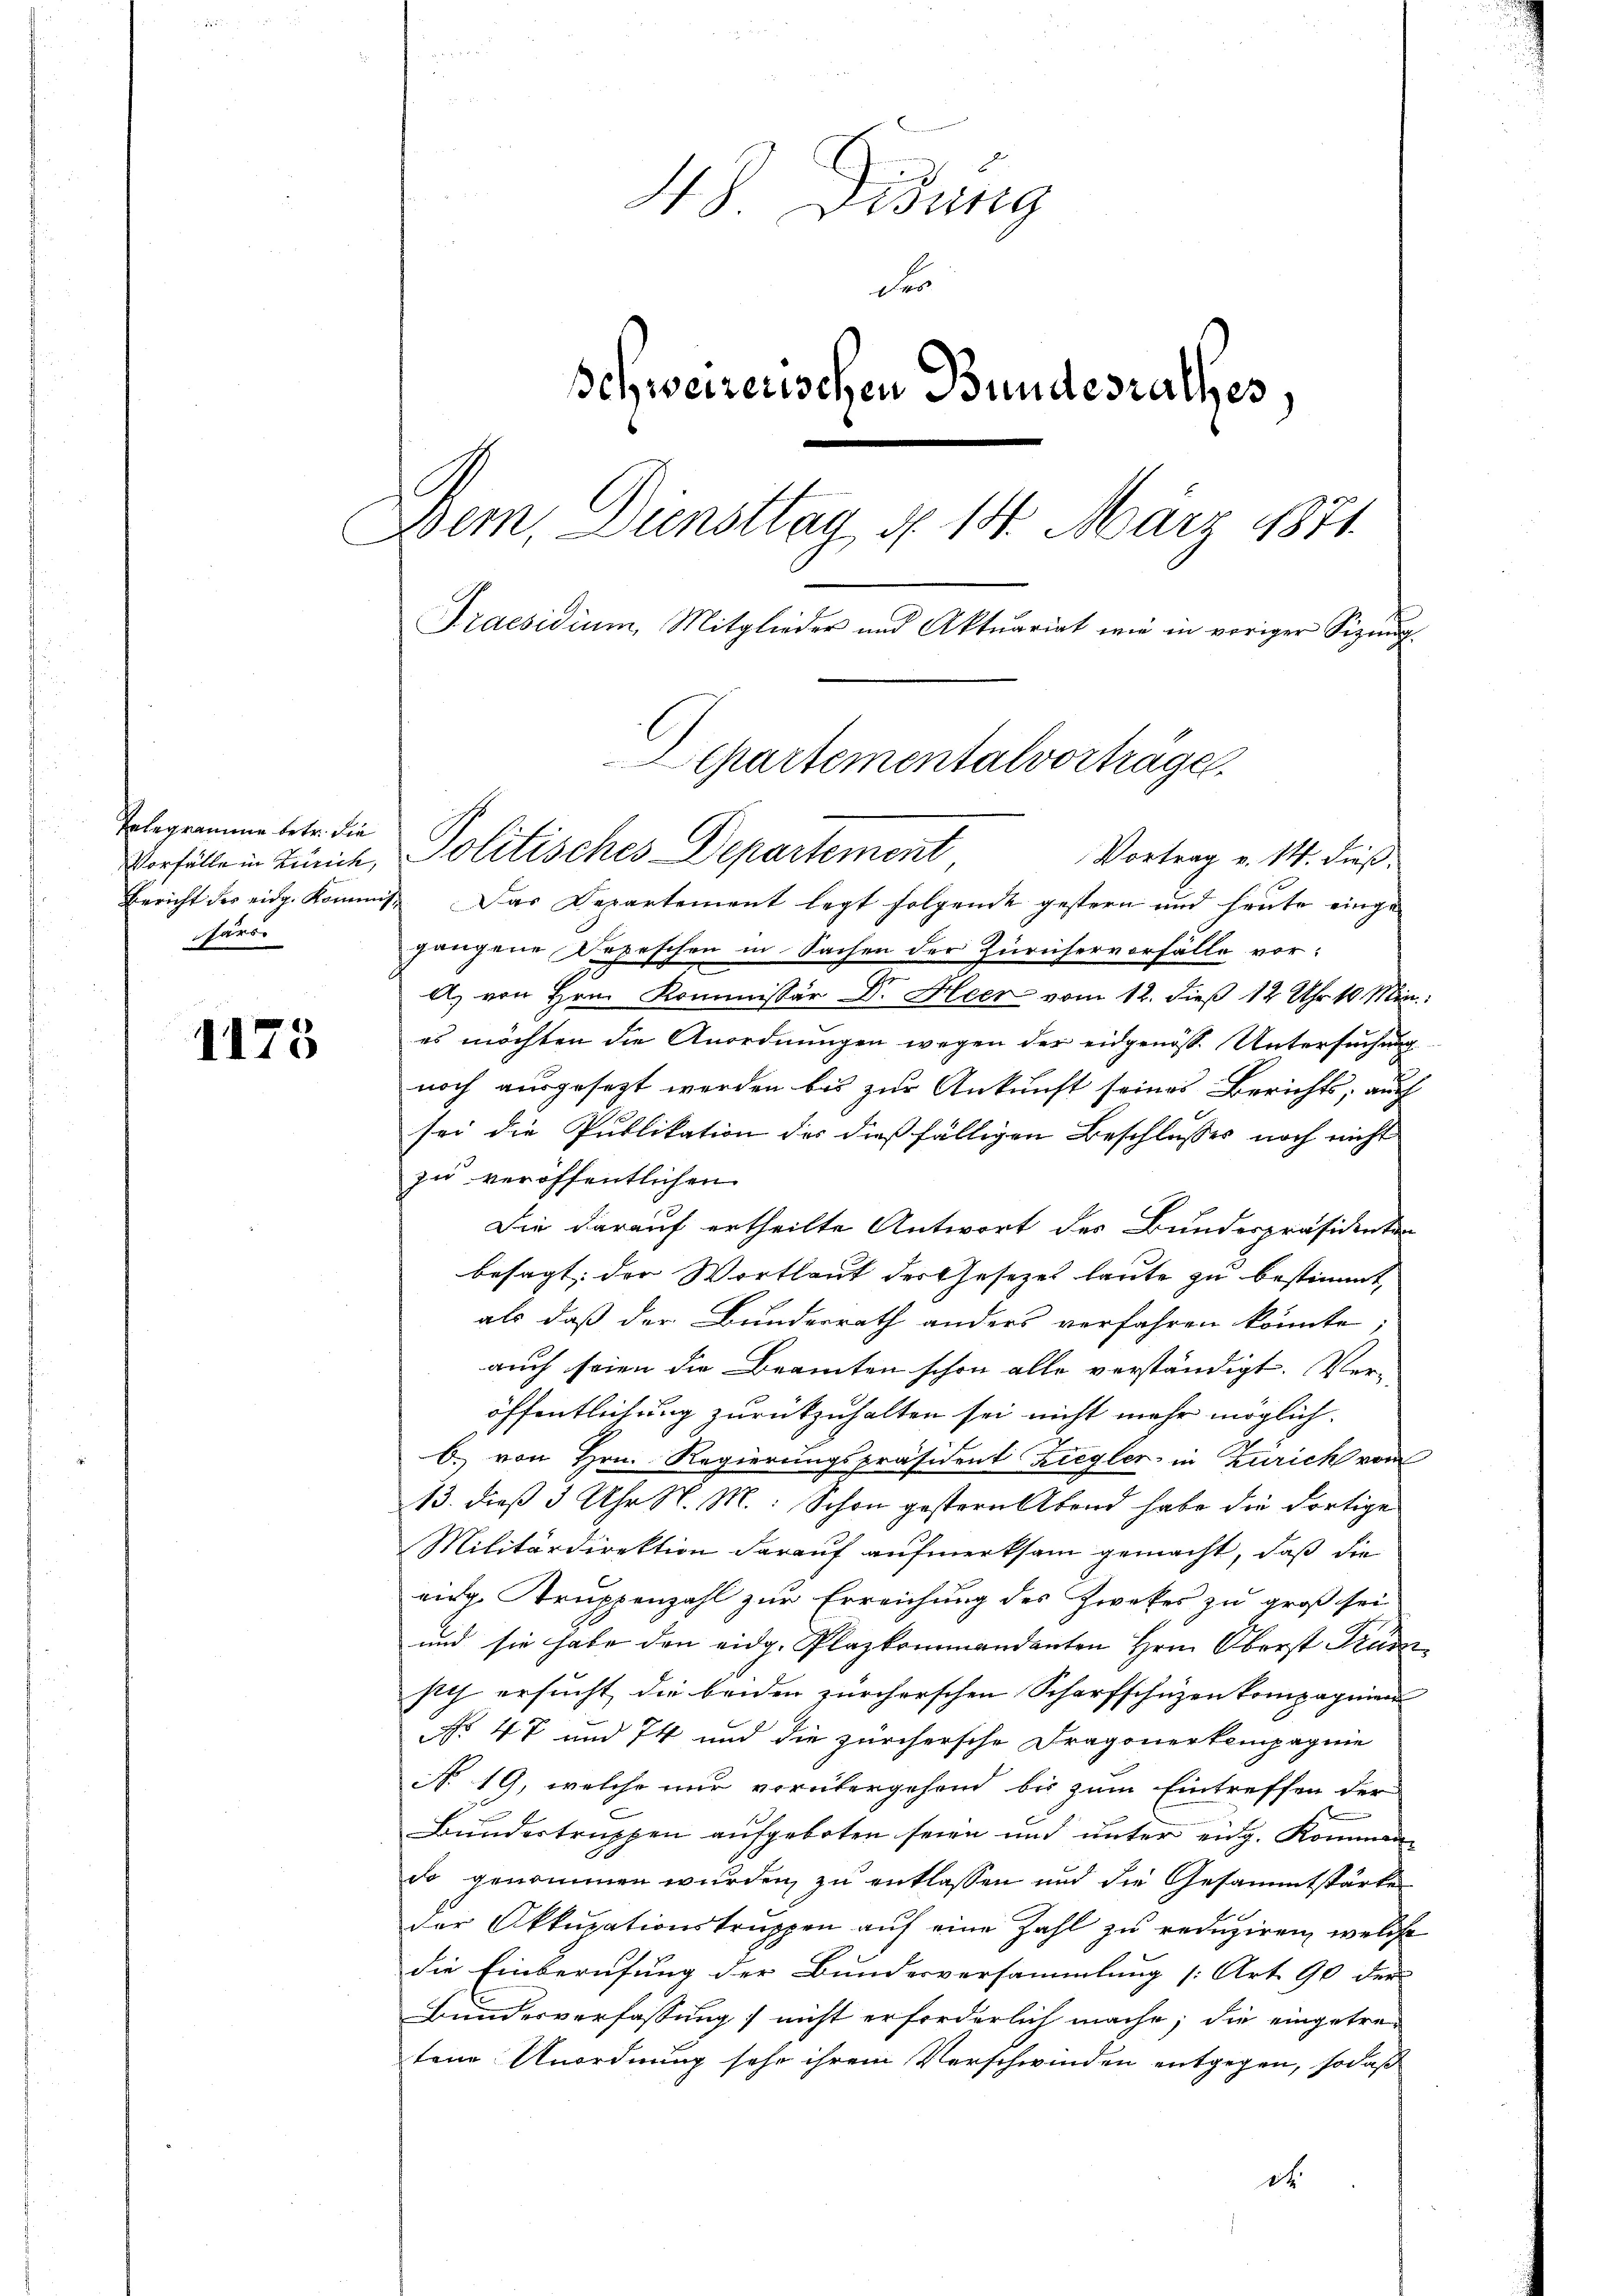
Telegramme betr. die
tars

1175

48. Didung
der
schweizerischen Bundesrathes,
Dem, Diensttag d. 14. März 1871
Praesidium, Mitglieder und Aktuariat wie in voriger Sizŭng
Departementalvorträge.

Vortrag v. 14. dieß,
Bericht des eidg. Kommt. Das Departement legt folgende gestern und heute einge-
gangene Depeschen in Sachen der Zürichervorfälle vor¬
A. von Hrn. Kommissär Dr. Heer vom 12. dieß 12 Uhr 18 Min
es möchten die Anordnungen wegen der eidgenöss. Untersuchung
noch ausgesezt werden bis zur Ankunft seines Berichts, auch
sei die Publikation des dießfälligen Beschlusses noch nicht
zu veröffentlichen
Die darauf ertheilte Antwort des Bundespräsidenten
besagt, der Wortlaut der Gesetzes laute zu bestimmt,
als daß der Bunderrath anders verfahren könnte
auch seien die Beamten schon alle verständigt. Ver-
öffentlichung zurückzuhalten sei nicht mehr möglich.
b. von Hrn. Regierungspräsident Ziegler in Zürich vom
13. dieß 5 Uhr N. M: Schon gestern Abend habe die dortige
Militärdirektion darauf aufmerksam gemacht, daß die
eidg. Truppenzahl zur Erreichung des Zweckes zu groß sei
und sie habe den eidg. Plazkommandanten Hrn. Oberst Krüm
sich ersucht die beiden zürcherschen Scharfschuzen kompagnien
No 47 und 74 und die zürchersche Dragonerkampagnie
No. 19, welche nur vorübergehend bis zum Eintreffen der
Bundertruppen aufgeboten seien und unter eidg. Kommen-
do genommen wurden, zu entlassen und die Gesammtstärke
der Akkupationstruppen auf eine Zahl zu reduziren, welche
die Einberufung der Bundesversammlung [Art. 90 der
Bundesverfassung nicht erforderlich mache; die eingetre-
tene Unordnung sehr ihrem Verschwinden entgegen, sodaß
dt.

Vorfälle in Zürich, Politisches Departement